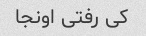
کی رفتی اونجا